Lunatic asylums United Provinces 1899-1908 - 1899-1908
Year: 1899
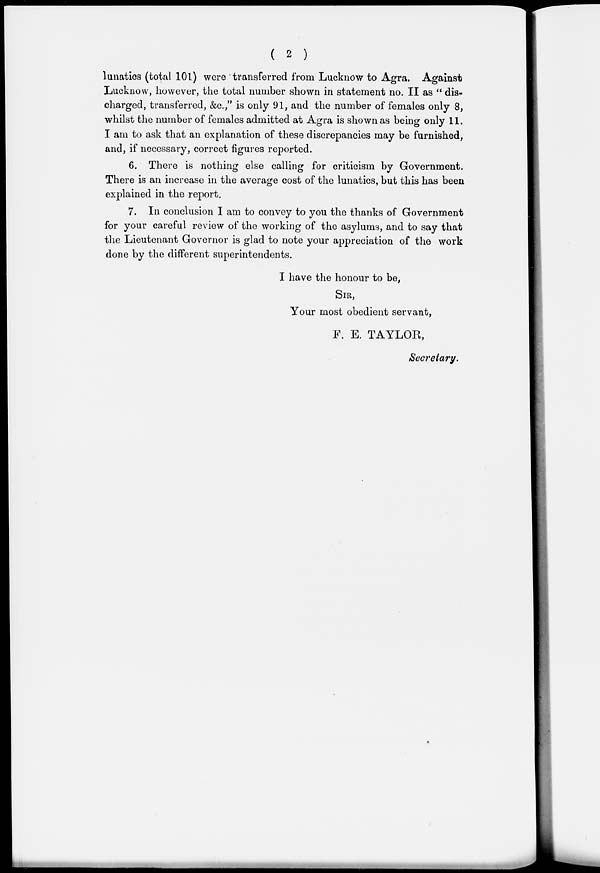
( 2 )
lunatics (total 101) were transferred from Lucknow to Agra. Against
Lucknow, however, the total number shown in statement no. II as " dis-
charged, transferred, &c.," is only 91, and the number of females only 8,
whilst the number of females admitted at Agra is shown as being only 11.
I am to ask that an explanation of these discrepancies may be furnished,
and, if necessary, correct figures reported.
6. There is nothing else calling for criticism by Government.
There is an increase in the average cost of the lunatics, but this has been
explained in the report.
7. In conclusion I am to convey to you the thanks of Government
for your careful review of the working of the asylums, and to say that
the Lieutenant Governor is glad to note your appreciation of the work
done by the different superintendents.
I have the honour to be,
SIR,
Your most obedient servant,
F. E. TAYLOR,
Secretary.